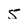
Character: 5